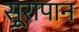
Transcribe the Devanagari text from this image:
सूरापान